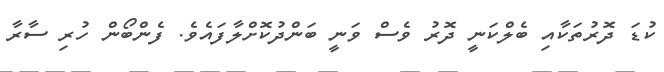
ކުޑަ ދޮރުތަކާއި ބެލްކަނީ ދޮރު ވެސް ވަނީ ބަންދުކޮށްލާފައެވެ. ފެންބޯން ހުރި ސާރާ